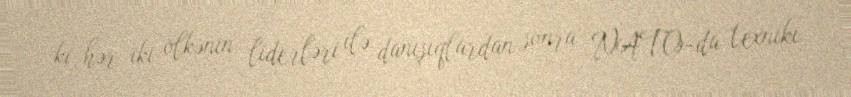
ki, hər iki ölkənin liderləri ilə danışıqlardan sonra NATO-da texniki